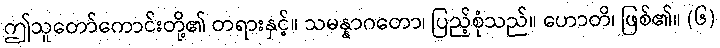
ဤသူတော်ကောင်းတို့၏ တရားနှင့်။ သမန္နာဂတော၊ ပြည့်စုံသည်။ ဟောတိ၊ ဖြစ်၏။ (၆)